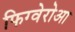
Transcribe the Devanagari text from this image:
फिग्वेरोआ